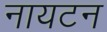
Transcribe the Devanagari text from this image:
नायटन